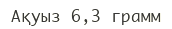
Ақуыз 6,3 грамм